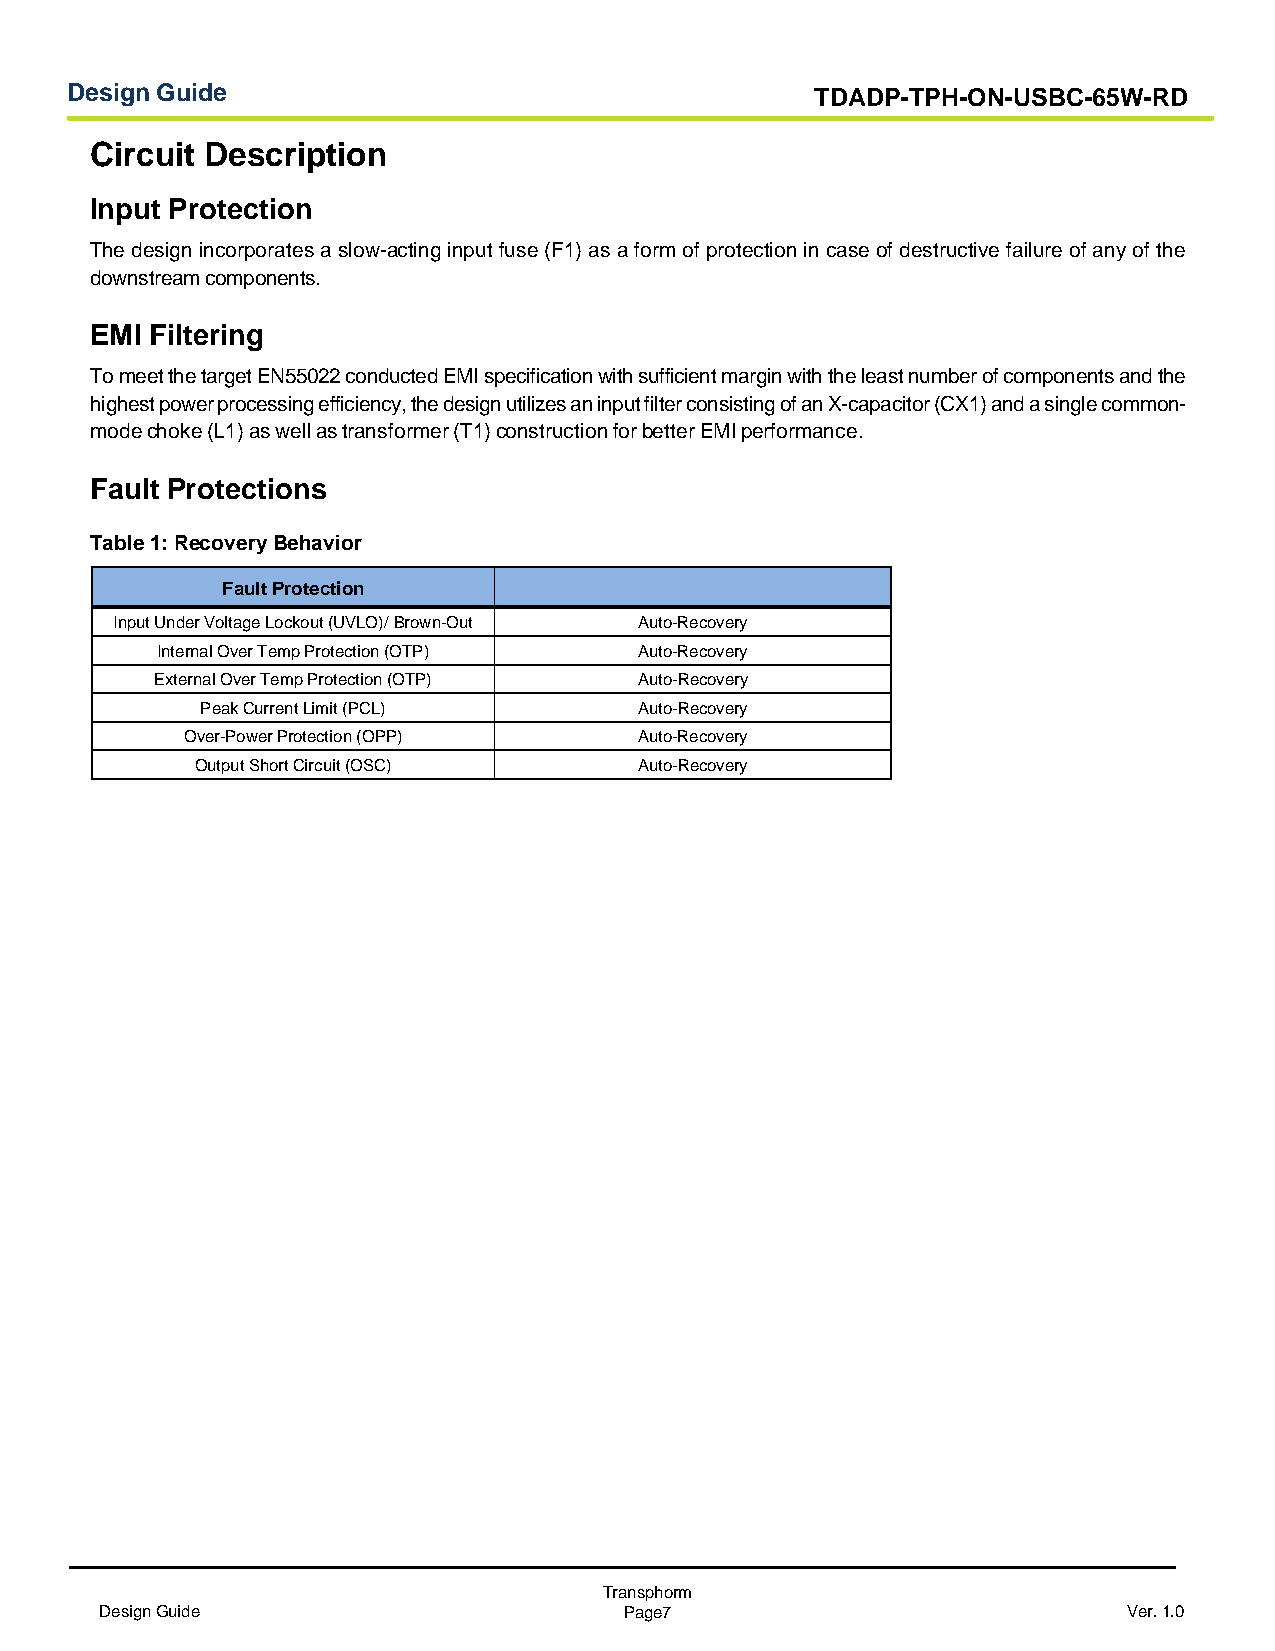
Design Guide                                      TDADP-TPH-ON-USBC-65W-RD
 Circuit Description
 Input Protection
 The design incorporates a slow-acting input fuse (F1) as a form of protection in case of destructive failure of any of the
 downstream components.
 EMI Filtering
 To meet the target EN55022 conducted EMI specification with sufficient margin with the least number of components and the
 highest power processing efficiency, the design utilizes an input filter consisting of an X-capacitor (CX1) and a single common-
 mode choke (L1) as well as transformer (T1) construction for better EMI performance.
 Fault Protections
 Table 1: Recovery Behavior
 Fault Protection
 Input Under Voltage Lockout (UVLO)/ Brown-Out Auto-Recovery
 Internal Over Temp Protection (OTP) Auto-Recovery
 External Over Temp Protection (OTP) Auto-Recovery
 Peak Current Limit (PCL)     Auto-Recovery
 Over-Power Protection (OPP)   Auto-Recovery
 Output Short Circuit (OSC)   Auto-Recovery
 Transphorm
 Design Guide                      Page7                             Ver. 1.0